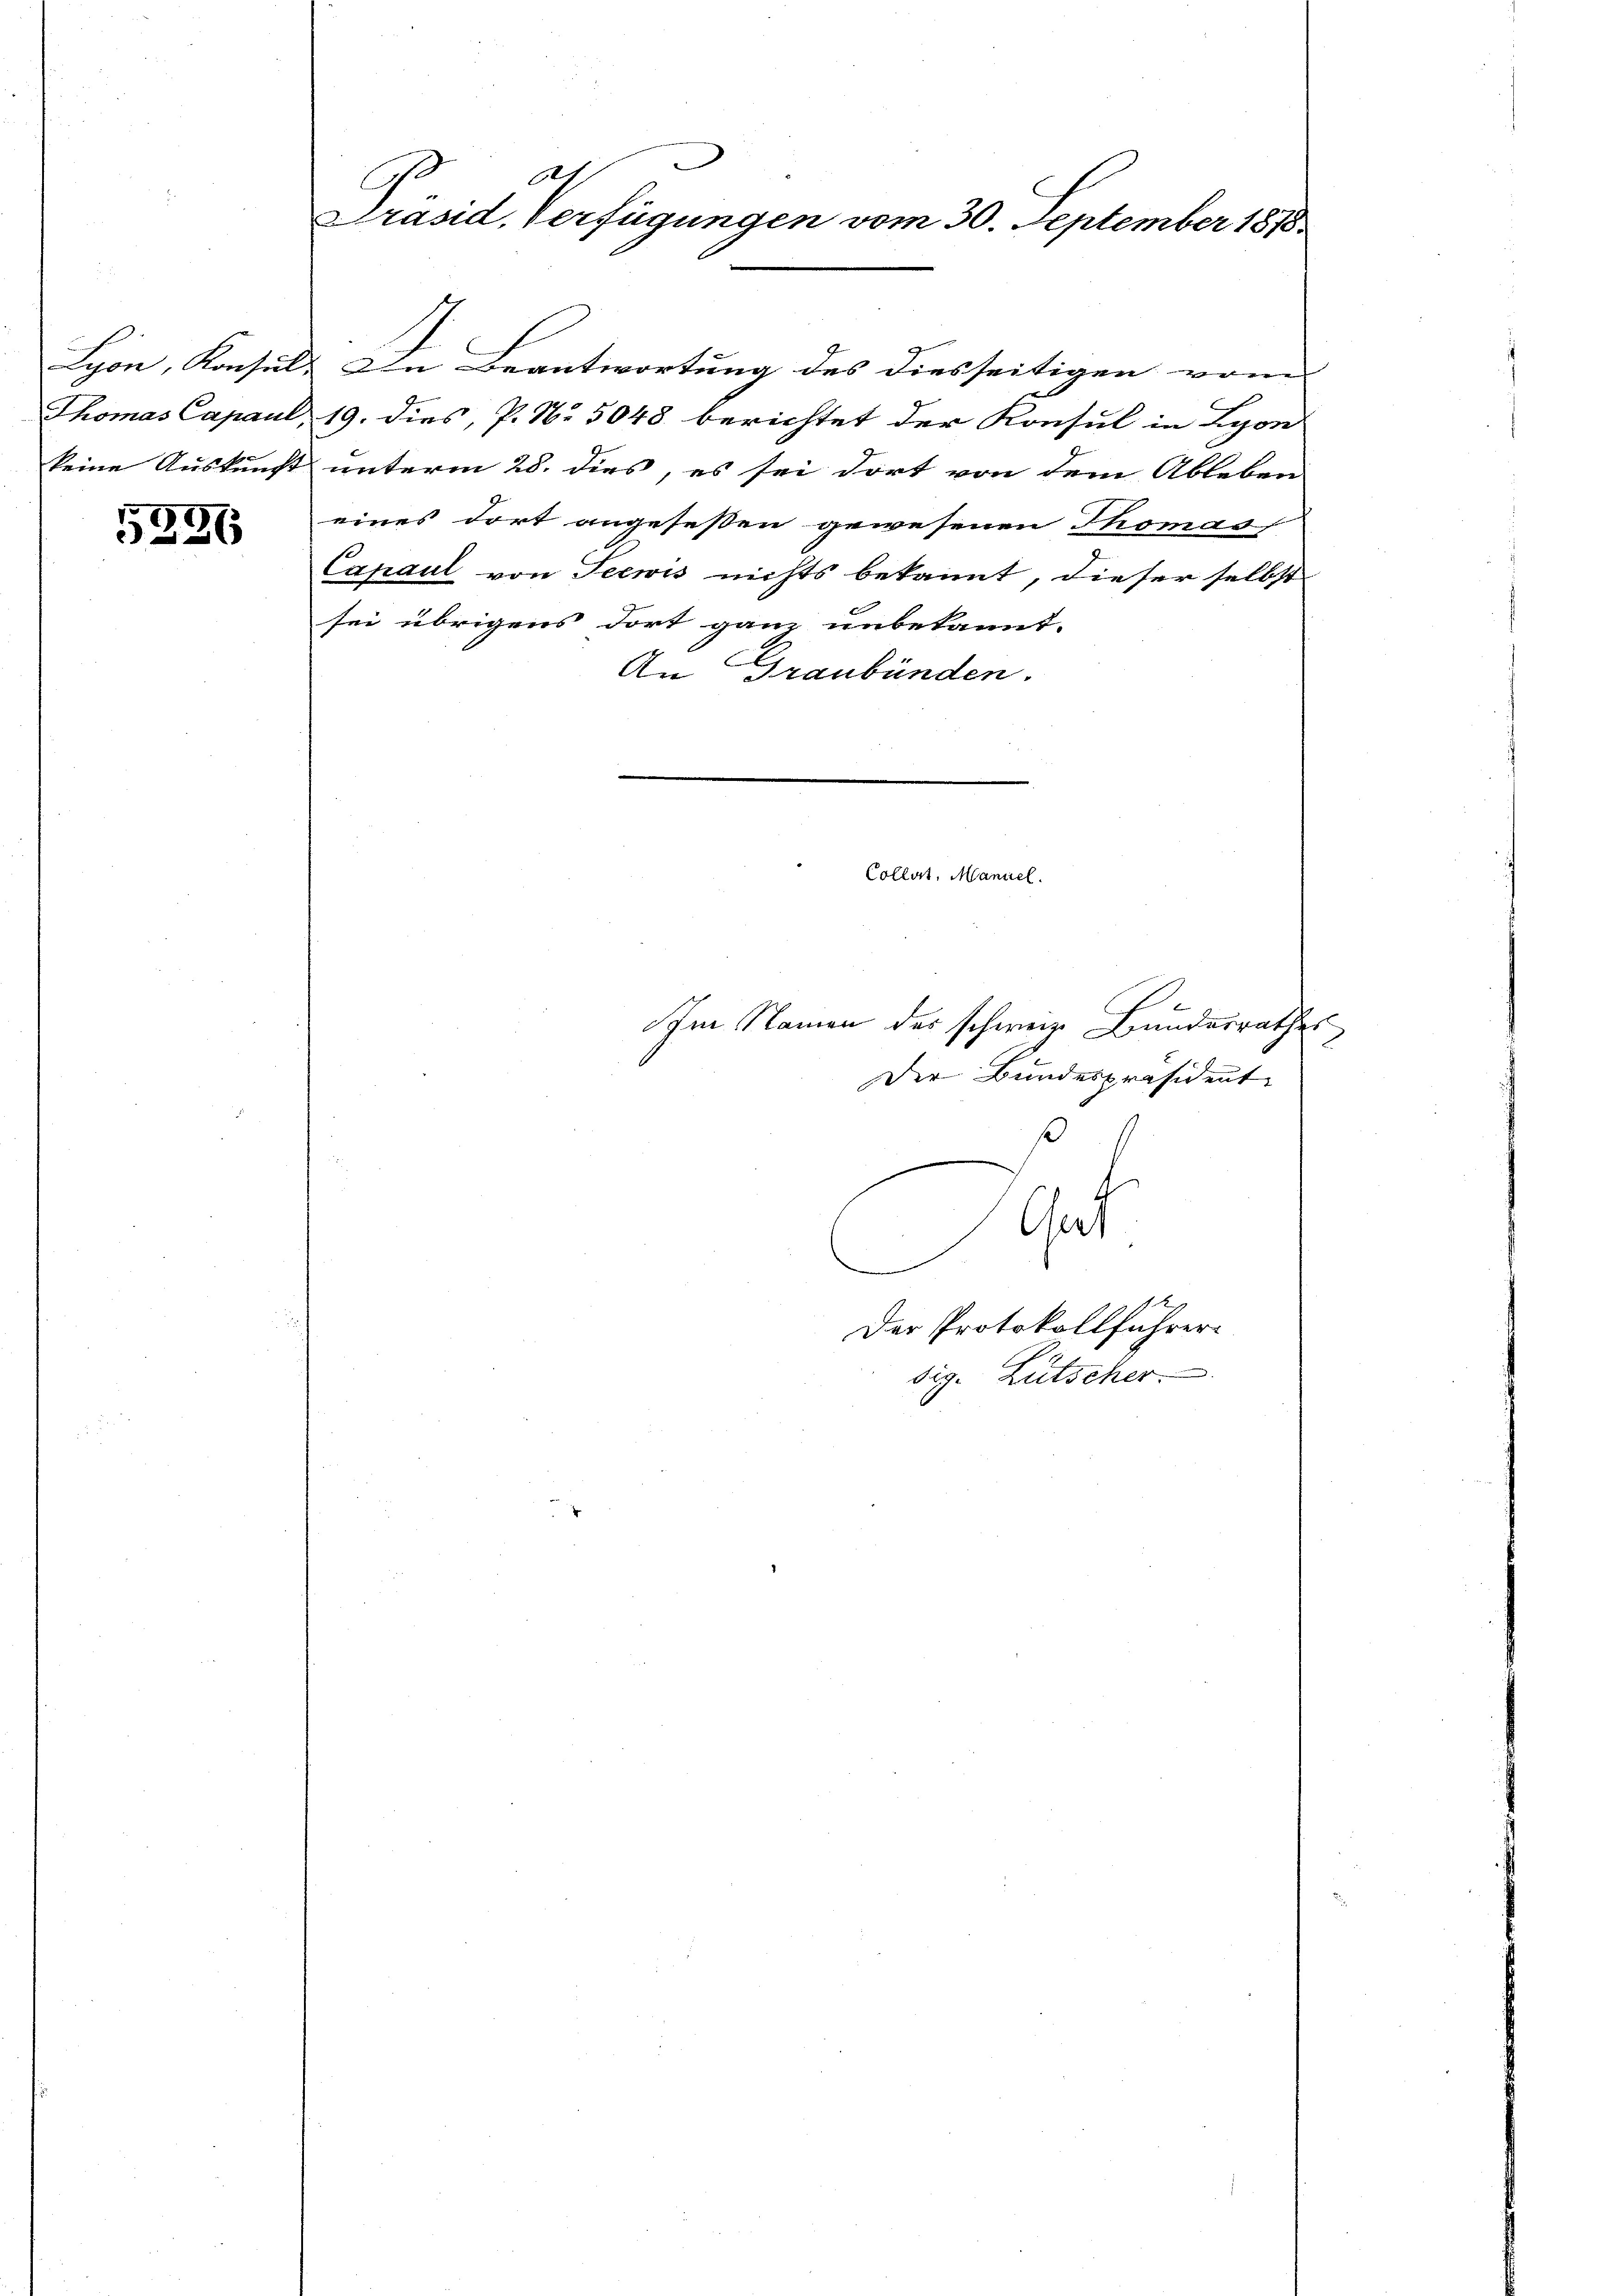
17.
26

A
Präsid. Verfügungen vom 30. September 1818

Lyon, Konsuls. In Beantwortung des diesseitigen von
Thomas Capaul, 19. dies, P. Nr. 5048 berichtet der Konsul in Lyon
keine Auskunft unterm 28. dies, es sei dort von dem Ableben
eines dort angeseßen gewesenen Thomas
Capaul von Seewis nichts bekannt, dieser selbst
sei übrigens dort ganz unbekannt.
An Graubünden.

Collet, Maniel.

Im Namen des schweize Bundesrathes
Der Bundespräsident
ß
Chat
 |
Der Protokollführer
dig. Lutscher